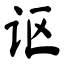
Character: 讴